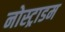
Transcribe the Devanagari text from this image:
नोस्ट्राडम